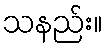
သနည်း။